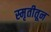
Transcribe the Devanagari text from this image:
स्मृतीतून